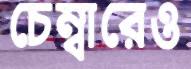
চেম্বারেও